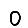
Digit: 0